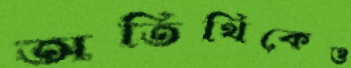
অতিথিকেও